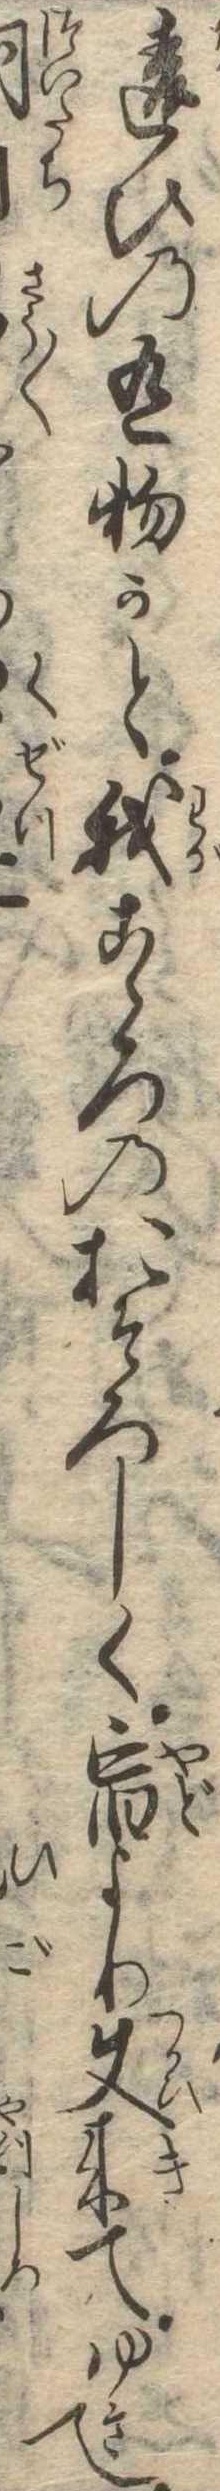
違ひの有物かと我こゝろのおそろしく宿より使来てゆきて